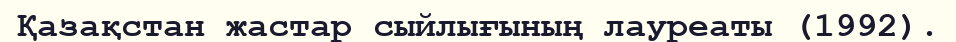
Қазақстан жастар сыйлығының лауреаты (1992).